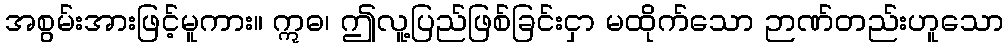
အစွမ်းအားဖြင့်မူကား။ ဣဓ၊ ဤလူ့ပြည်ဖြစ်ခြင်းငှာ မထိုက်သော ဉာဏ်တည်းဟူသော